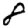
Digit: 8